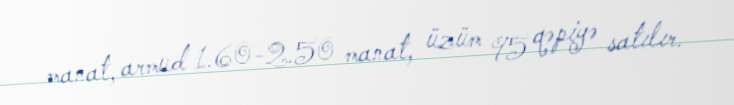
manat, armud 1.60-2.50 manat, üzüm 95 qəpiyə satılır.